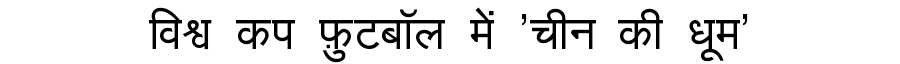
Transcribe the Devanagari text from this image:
विश्व कप फ़ुटबॉल में 'चीन की धूम'